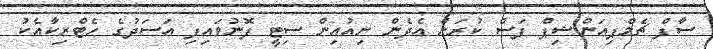
ސާފް ޗެމްޕިއަންޝިޕް ފަސް ކުރަން އެދެން ނިއުއިން ސިޓީ ފޮނުވައިފި އަސަދުގެ ހެޓްރިކާއެކު